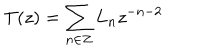
LaTeX: T ( z ) = \sum _ { n \in Z } L _ { n } z ^ { - n - 2 }